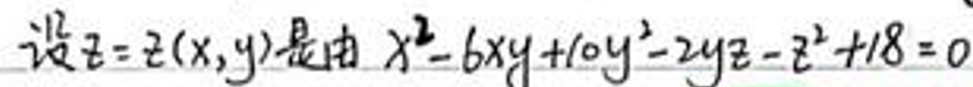
设\(z = z(x,y)\)是由\(x^{2}-6xy + 10y^{2}-2yz - z^{2}+18 = 0\)